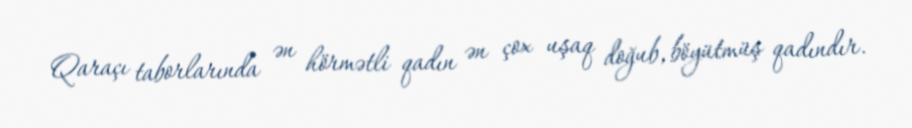
Qaraçı taborlarında ən hörmətli qadın ən çox uşaq doğub, böyütmüş qadındır.